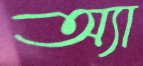
অ্যা